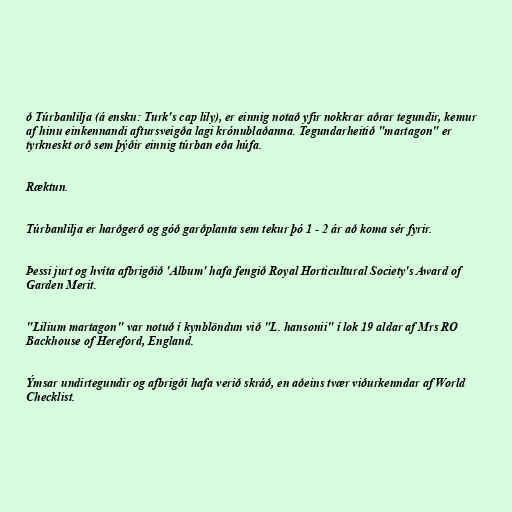
ð Túrbanlilja (á ensku: Turk's cap lily), er einnig notað yfir nokkrar aðrar tegundir, kemur
af hinu einkennandi aftursveigða lagi krónublaðanna. Tegundarheitið "martagon" er
tyrkneskt orð sem þýðir einnig túrban eða húfa.

Ræktun.

Túrbanlilja er harðgerð og góð garðplanta sem tekur þó 1 - 2 ár að koma sér fyrir.

Þessi jurt og hvíta afbrigðið 'Album' hafa fengið Royal Horticultural Society's Award of
Garden Merit.

"Lilium martagon" var notuð í kynblöndun við "L. hansonii" í lok 19 aldar af Mrs RO
Backhouse of Hereford, England.

Ýmsar undirtegundir og afbrigði hafa verið skráð, en aðeins tvær viðurkenndar af World
Checklist.